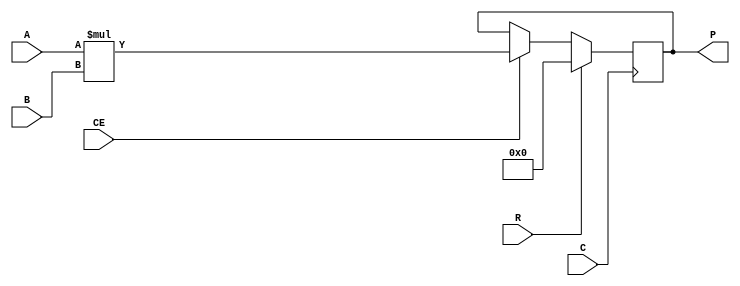

// Model of the Xilinx mult18x18s for signed 18x18 bit multiplies,
// As in the Spartan 3 series

module MULT18X18S
  (output reg signed [35:0] P,
   input signed [17:0] A,
   input signed [17:0] B,
   input C,    // Clock
   input CE,   // Clock Enable
   input R     // Synchronous Reset
   );
   
   always @(posedge C)
     if(R)
       P <= 36'sd0;
     else if(CE)
       P <= A * B;

endmodule // MULT18X18S